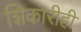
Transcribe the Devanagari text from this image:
शिकारीही